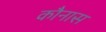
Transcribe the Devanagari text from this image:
कौनास